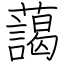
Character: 藹